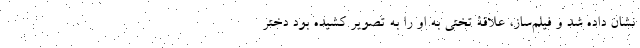
نشان داده شد و فیلم‌ساز، علاقۀ تختی به او را به تصویر کشیده بود دختر